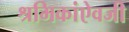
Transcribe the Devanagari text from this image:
श्रमिकांऐवजी